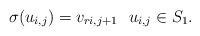
LaTeX: \begin{align*}\sigma(u_{i,j})=v_{ri,j+1}~~u_{i,j} \in S_1.\end{align*}